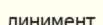
линимент